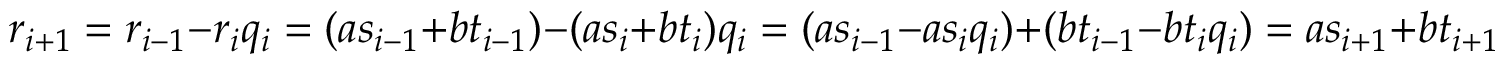
r _ { i + 1 } = r _ { i - 1 } - r _ { i } q _ { i } = ( a s _ { i - 1 } + b t _ { i - 1 } ) - ( a s _ { i } + b t _ { i } ) q _ { i } = ( a s _ { i - 1 } - a s _ { i } q _ { i } ) + ( b t _ { i - 1 } - b t _ { i } q _ { i } ) = a s _ { i + 1 } + b t _ { i + 1 } .